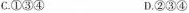
C.①③④ D.②③④